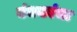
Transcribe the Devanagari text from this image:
बंधकांचा